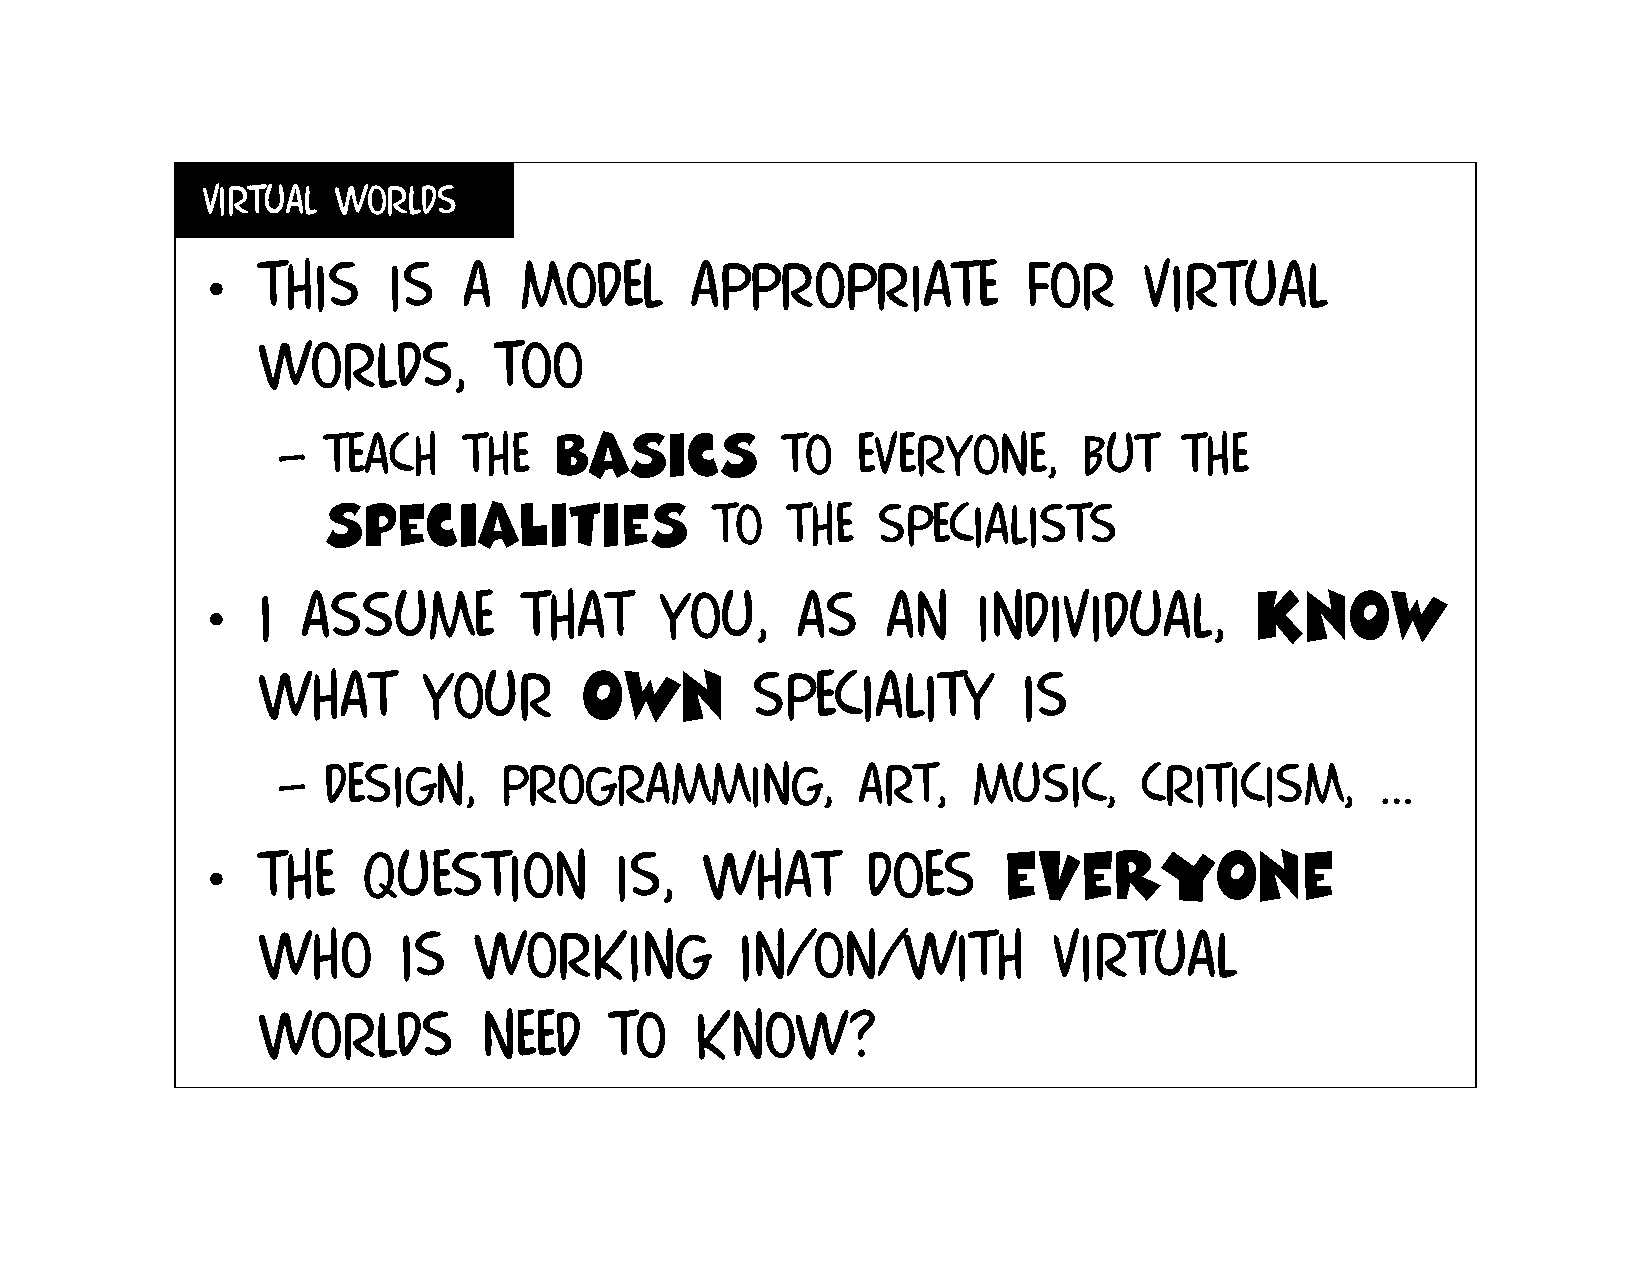
Virtual  worlds
 •   This     is   a  model       appropriate           for     virtual
 worlds,         too
 –  Teach     the   basics         to   everyone,      but   the
 specialities              to   the   specialists
 •   I  assume         that     you,     as    an    individual,       know
 what       your      own         speciality        is
 –  Design,     programming,            art,   music,      criticism,     …
 •   The    question         is,   what      does     everyone
 who      is   working           in/on/with           virtual
 worlds         need    to    know?